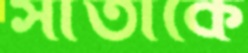
সীতাকে